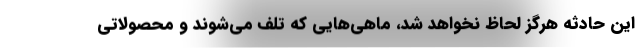
اين حادثه هرگز لحاظ نخواهد شد، ماهي‌هايي كه تلف مي‌شوند و محصولاتي